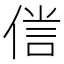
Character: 𠋜